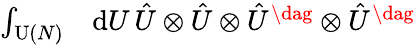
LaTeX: \begin{array}{rl}{\int_{\operatorname{U}(N)}}&{{}\mathrm{d}U\, \hat{U}\otimes\hat{U}\otimes\hat{U}^{\dag}\otimes\hat{U}^{\dag}}\end{array}